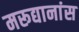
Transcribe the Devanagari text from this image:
मरूद्यानांस